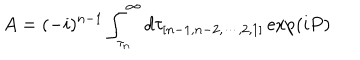
A = ( - i ) ^ { n - 1 } \int _ { \tau _ { n } } ^ { \infty } d \tau _ { [ n - 1 , n - 2 , \cdots , 2 , 1 ] } \exp ( i P ) \,